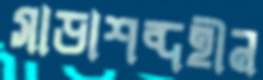
সাড়াশব্দহীন